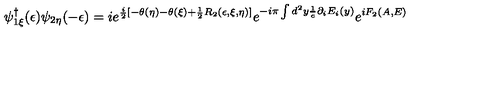
\psi _ { 1 \xi } ^ { \dagger } ( \epsilon ) \psi _ { 2 \eta } ( - \epsilon ) = i e ^ { \frac { i } { 2 } [ - \theta ( \eta ) - \theta ( \xi ) + \frac { 1 } { 2 } R _ { 2 } ( \epsilon , \xi , \eta ) ] } e ^ { - i \pi \int d ^ { 2 } y \frac { 1 } { e } \partial _ { i } E _ { i } ( y ) } e ^ { i F _ { 2 } ( A , E ) }